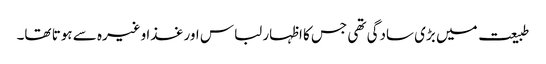
طبیعت میں بڑی سادگی تھی جس کا اظہار لباس اور غذا وغیرہ سے ہوتا تھا۔